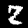
Label: 2